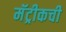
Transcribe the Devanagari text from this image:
मॅट्रीकची